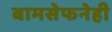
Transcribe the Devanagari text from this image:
बामसेफनेही